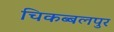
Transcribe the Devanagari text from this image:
चिकब्बलपुर